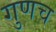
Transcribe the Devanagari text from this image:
गुणच